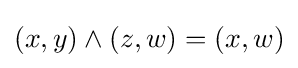
(x,y)\wedge (z,w)=(x,w)